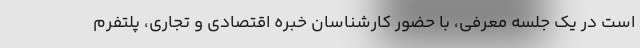
است در یک جلسه معرفی، با حضور کارشناسان خبره اقتصادی و تجاری، پلتفرم